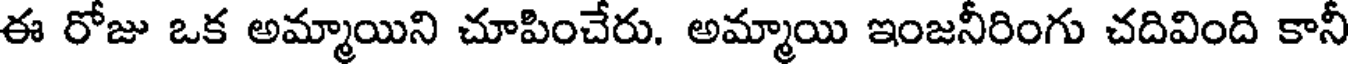
ఈ రోజు ఒక అమ్మాయిని చూపించేరు. అమ్మాయి ఇంజనీరింగు చదివింది కానీ